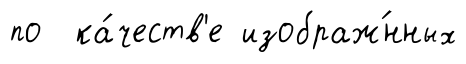
по ка́честв'е изображ́нных